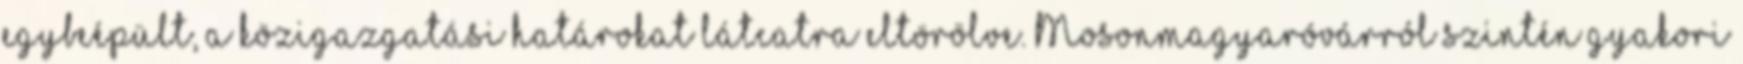
egybeépült, a közigazgatási határokat látcatra eltörölve. Mosonmagyaróvárról szintén gyakori